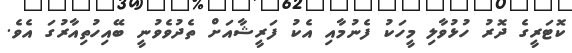
ކޮޓަރީގެ ދޮރު ހުޅުވާލި މީހަކު ފެނުމާއި އެކު ފަރީޝާއަށް ތެދުވެވުނީ ބޭއިހުތިއާރުގަ އެވެ.